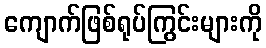
ကျောက်ဖြစ်ရုပ်ကြွင်းများကို